Insane asylums in Bengal annual reports 1876-1887 - 1876-1887
Year: 1876
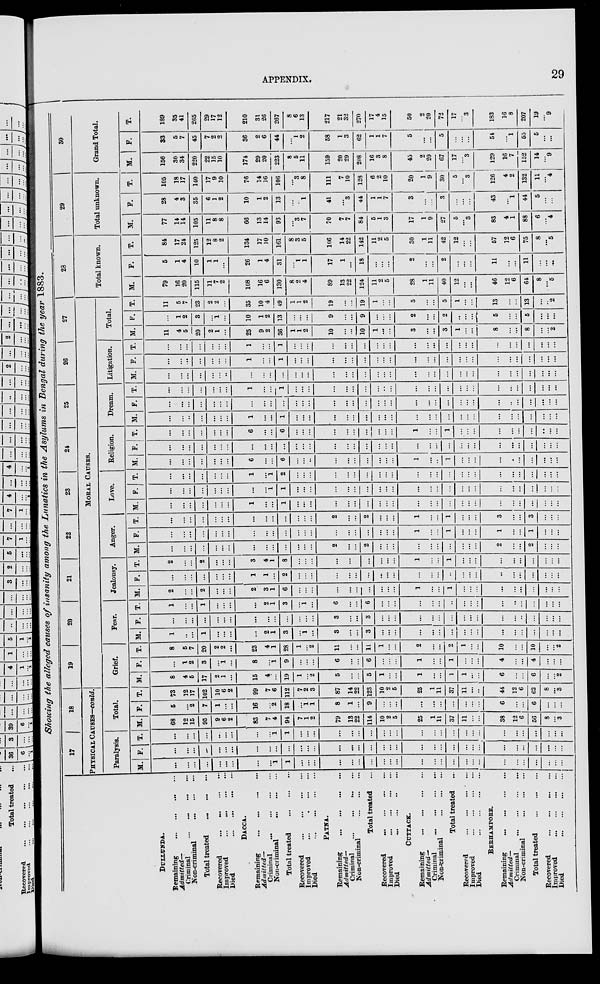
APPENDIX.
29
Showing the alleged causes of insanity among the Lunatics in the Asylums in Bengal during the year 1883.
DULLUNDA.
Remaining
...
...
...
...
Admitted—
Criminal
...
...
...
...
Non-criminal
...
...
...
Total treated
...
...
...
Recovered
...
...
...
...
Improved ... ... ... ...
Died
...
...
...
...
DACCA.
Remaining
...
...
...
...
Admitted—
Criminal ... ... ... ...
Non-criminal
...
...
...
Total treated
...
...
...
Recovered
...
...
...
...
Improved
...
...
...
...
Died
...
...
...
...
PATNA.
Remaining
...
...
...
...
Admitted...
Criminal
...
...
...
...
Non-criminal
...
...
...
Total treated ...
Recovered
...
...
...
...
Improved
...
...
...
...
Died
...
...
...
...
CUTTACK.
Remaining
...
...
...
...
Admitted-
Criminal
...
...
...
...
Noncriminal
...
...
...
Total treated ...
Recovered
...
...
...
...
Improved
...
...
...
...
Died
...
...
...
...
BERHAMPORE.
Remaining
...
...
...
...
Admitted—
Criminal
...
...
...
...
Non-criminal
...
...
...
Total treated
...
...
...
Recovered
...
...
...
...
Improved
...
...
...
...
Died
...
...
...
...
17
18
PHYSICAL CAUSES–conld.
Paralysis.
M.
...
...
...
...
...
...
...
...
...
1
1
...
...
...
...
...
...
...
...
...
...
...
...
...
...
...
...
...
...
...
...
...
...
...
...
F.
...
...
...
...
...
...
...
...
...
...
...
...
...
...
...
...
...
...
...
...
...
...
...
...
...
...
...
...
...
...
...
...
...
...
...
T.
...
...
...
...
...
...
...
...
...
1
1
...
...
...
...
...
...
...
...
...
...
...
...
...
...
...
...
...
...
...
...
...
...
...
...
Total.
M.
68
12
15
95
9
6
2
83
7
4
94
7
1
2
79
13
22
114
10
2
5
25
1
11
37
11
...
...
38
12
6
56
8
...
3
F.
5
...
2
7
1
...
...
16
...
2
18
1
1
8
1
...
9
...
...
...
...
...
...
...
...
...
...
6
...
...
6
...
...
...
T.
73
12
17
102
10
6
2
99
7
6
112
7
2
3
87
14
22
123
10
2
5
25
1
11
37
11
...
...
44
12
6
62
8
...
3
19
20
21
22
23
24
25
26
27
MORAL CAUSES.
Grief.
M.
8
4
5
17
2
1
...
15
4
...
19
1
...
2
5
...
...
5
1
...
...
1
...
...
1
1
...
...
6
...
...
6
...
...
2
F.
...
1
2
3
...
1
...
8
...
1
9
...
...
...
6
...
...
6
...
...
...
1
...
...
1
...
...
...
4
...
...
4
...
...
...
T.
8
5
7
20
2
2
...
23
4
1
28
1
...
2
11
...
...
11
1
...
...
2
...
...
2
1
...
...
10
...
...
10
...
...
2
Fear.
M.
1
...
...
1
...
...
...
...
2
1
3
...
1
...
3
...
...
3
...
...
...
...
...
...
...
...
...
...
...
...
...
...
...
...
...
F.
...
...
...
...
...
...
...
...
...
...
...
...
...
...
3
...
...
3
...
...
...
...
...
...
...
...
...
...
...
...
...
...
...
...
...
T.
1
...
...
1
...
...
...
...
2
1
3
...
1
...
6
...
...
6
...
...
...
...
...
...
...
...
...
...
...
...
...
...
...
...
...
Jealousy.
M.
2
...
...
2
...
...
...
2
3
1
6
...
...
...
...
...
...
...
...
...
...
1
...
...
1
...
...
...
...
...
...
...
...
...
...
F.
...
...
...
...
...
...
...
1
1
...
2
...
...
...
...
...
...
...
...
...
...
...
...
...
...
...
...
...
...
...
...
...
...
...
...
T.
2
...
...
2
...
...
...
3
4
1
8
...
...
...
...
...
...
...
...
...
...
1
...
...
1
...
...
...
...
...
...
...
...
...
...
Anger.
M.
...
...
...
...
...
...
...
...
...
...
...
...
...
...
2
...
...
2
...
...
...
...
...
...
...
...
...
...
2
...
...
2
...
...
...
F.
...
...
...
...
...
...
...
...
...
...
...
...
...
...
...
...
...
...
...
...
...
1
...
...
1
...
...
...
1
...
...
1
...
...
...
T.
...
...
...
...
...
...
...
...
...
...
...
...
...
...
2
...
...
2
...
...
...
1
...
...
1
...
...
...
3
...
...
3
...
...
...
Love.
M.
...
...
...
...
...
...
...
1
...
...
1
...
...
...
...
...
...
...
...
...
...
...
...
...
...
...
...
...
...
...
...
...
...
...
...
F.
...
...
...
...
...
...
...
...
...
1
1
...
...
...
...
...
...
...
...
...
...
...
...
...
...
...
...
...
...
...
...
...
...
...
...
T.
...
...
...
...
...
...
...
1
...
1
2
...
...
...
...
...
...
...
...
...
...
...
...
...
...
...
...
...
...
...
...
...
...
...
...
Religion.
M.
...
...
...
...
...
...
...
6
...
...
6
...
...
...
...
...
...
...
...
...
...
1
...
...
1
...
...
...
...
...
...
...
...
...
...
F.
...
...
...
...
...
...
...
...
...
...
...
...
...
...
...
...
...
...
...
...
...
...
...
...
...
...
...
...
...
...
...
...
...
...
...
T.
...
...
...
...
...
...
...
6
...
...
6
...
...
...
...
...
...
...
...
...
...
1
...
...
1
...
...
...
...
...
...
...
...
...
...
Dream.
M.
...
...
...
...
...
...
...
1
...
...
1
...
...
...
...
...
...
...
...
...
...
...
...
...
...
...
...
...
...
...
...
...
...
...
...
F.
...
...
...
...
...
...
...
...
...
...
...
...
...
...
...
...
...
...
...
...
...
...
...
...
...
...
...
...
...
...
...
...
...
...
...
T.
...
...
...
...
...
...
...
1
...
...
1
...
...
...
...
...
...
...
...
...
...
...
...
...
...
...
...
...
...
...
...
...
...
...
...
Litigation.
M.
...
...
...
...
...
...
...
...
...
...
...
...
...
...
...
...
...
...
...
...
...
...
...
...
...
...
...
...
...
...
...
...
...
...
...
F.
...
...
...
...
...
...
...
1
...
...
1
...
...
...
...
...
...
...
...
...
...
...
...
...
...
...
...
...
...
...
...
...
...
...
...
T.
...
...
...
...
...
...
...
1
...
...
1
...
...
...
...
...
...
...
...
...
...
...
...
...
...
...
...
...
...
...
...
...
...
...
...
Total.
M.
11
4
5
20
2
1
...
25
9
2
36
1
1
2
10
...
...
10
1
...
...
3
...
...
3
1
...
...
8
...
...
8
...
...
2
F.
...
1
2
3
...
1
...
10
1
2
13
...
...
...
9
...
...
9
...
...
...
2
...
...
2
...
...
...
5
...
...
5
...
...
...
T.
11
5
7
23
2
2
...
35
10
4
49
1
1
2
19
...
...
19
1
...
...
5
...
...
5
1
...
...
13
...
...
13
...
...
2
28
Total known.
M.
79
16
20
115
11
7
2
108
16
6
130
8
2
4
89
13
22
124
11
2
5
28
1
11
40
12
...
...
46
12
6
64
8
...
5
F.
5
1
4
10
1
1
...
26
1
4
31
...
1
1
17
1
...
18
...
...
...
2
...
...
2
...
...
...
11
...
...
11
...
...
...
T.
84
17
24
125
12
8
2
134
17
10
161
8
3
5
106
14
22
142
11
2
5
30
1
11
42
12
...
...
57
12
6
75
8
...
5
29
Total unknown.
M.
77
14
14
105
11
8
8
66
13
14
93
...
3
7
70
7
7
84
5
1
3
17
1
9
27
5
...
3
83
4
1
88
6
...
4
F.
28
4
3
35
6
1
2
10
1
2
13
...
...
1
41
...
3
44
1
1
7
3
...
...
3
...
...
...
43
...
1
44
5
...
...
T.
105
18
17
140
17
9
10
76
14
16
106
...
3
8
111
7
10
128
6
2
10
20
1
9
30
5
...
3
126
4
2
132
11
...
4
30
Grand Total.
M.
156
30
34
220
22
15
10
174
29
20
223
8
5
11
159
20
29
208
16
3
8
45
2
20
67
17
...
3
129
16
7
152
14
...
9
F.
33
5
7
45
7
2
2
36
2
6
44
...
1
2
58
1
3
62
1
1
7
5
...
...
5
...
...
...
54
...
1
55
5
...
...
T.
189
35
41
265
29
17
12
210
31
26
267
8
6
13
217
21
32
270
17
4
15
50
2
20
72
17
...
3
183
16
8
207
19
...
9